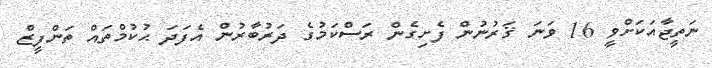
ނަތީޖާއަކަށްވީ 16 ވަނަ ޤަރުނުން ފެށިގެން ރަސްކަމުގެ ދަރުބާރުން އެފަދަ ޙުކުމްތައް ތަންފީޒް